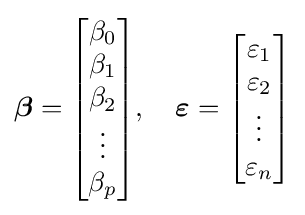
{\boldsymbol {\beta }}={\begin{bmatrix}\beta _{0}\\\beta _{1}\\\beta _{2}\\\vdots \\\beta _{p}\end{bmatrix}},\quad {\boldsymbol {\varepsilon }}={\begin{bmatrix}\varepsilon _{1}\\\varepsilon _{2}\\\vdots \\\varepsilon _{n}\end{bmatrix}}